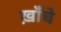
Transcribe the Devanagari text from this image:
ख़ाँचे